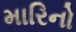
મારિનો